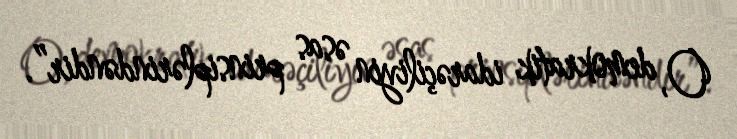
O, demokratik idarəçiliyin əsas prinsiplərindəndir”.